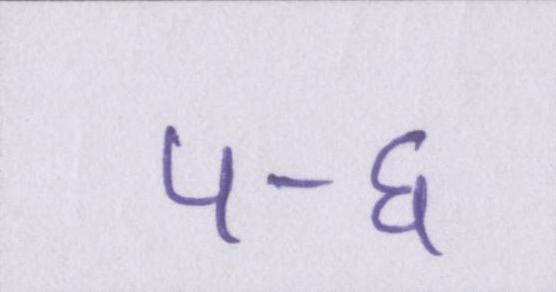
५-६